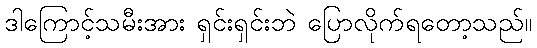
ဒါကြောင့်သမီးအား ရှင်းရှင်းဘဲ ပြောလိုက်ရတော့သည်။